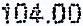
104.00